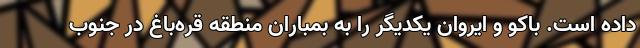
داده است. باکو و ایروان یکدیگر را به بمباران منطقه قره‌باغ در جنوب